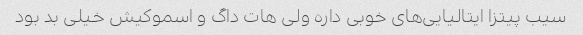
سیب پیتزا ایتالیایی‌های خوبی داره ولی هات داگ و اسموکیش خیلی بد بود